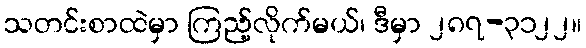
သတင်းစာထဲမှာ ကြည့်လိုက်မယ်၊ ဒီမှာ ၂၈၇-၃၁၂၂။